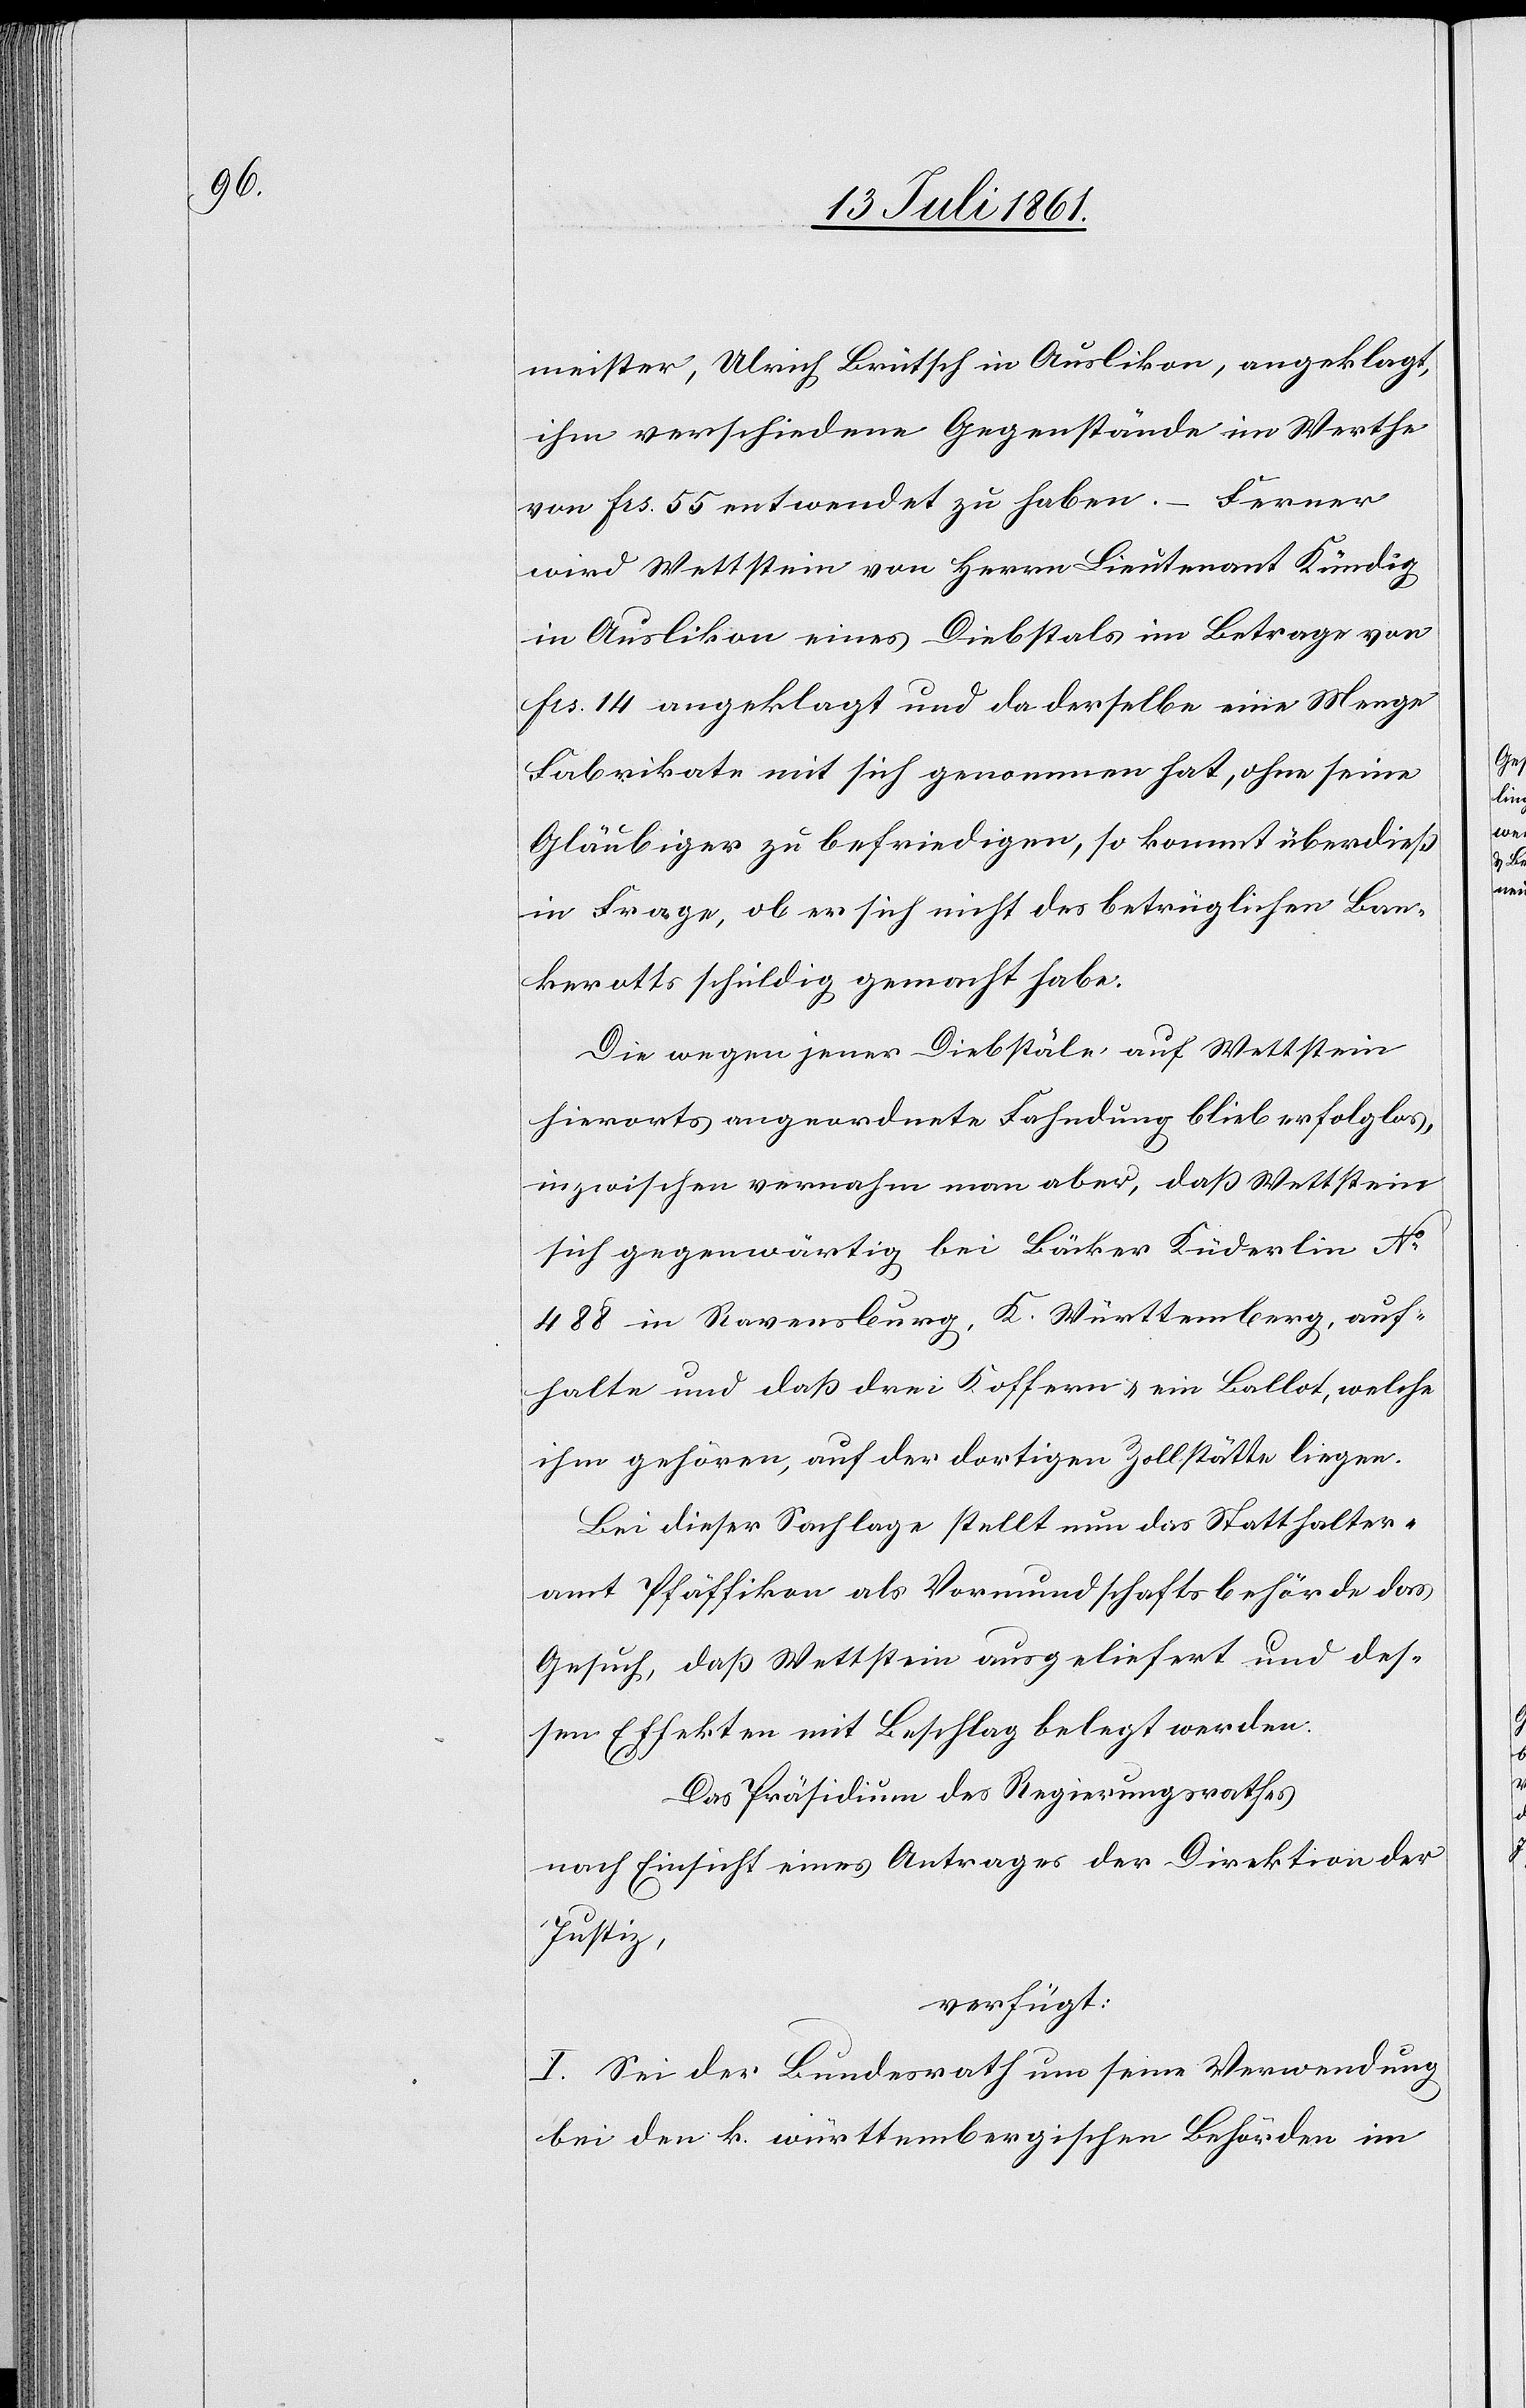
meister, Ulrich Brütsch in Auslikon, angeklagt,
ihm verschiedene Gegenstände im Werthe
von Frs 55 entwendet zu haben. – Ferner
wird Wettstein von Herrn Lieutenant Kündig
in Auslikon eines Diebstals im Betrage von
Frs. 14 angeklagt und da derselbe eine Menge
Fabrikate mit sich genommen hat, ohne seine
Gläubiger zu befriedigen, so kommt überdieß
in Frage, ob er sich nicht des betrüglichen Ban¬
krotts schuldig gemacht habe.
Die wegen jener Diebstäle auf Wettstein
hierorts angeordnete Fahndung blieb erfolglos,
inzwischen vernahm man aber, daß Wettstein
sich gegenwärtig bei Bäcker Füderlin N°
488 in Ravensburg, K. Württemberg, auf¬
halte und daß drei Koffern u. ein Ballot, welche
ihm gehören, auf der dortigen Zollstätte liegen.
Bei dieser Sachlage stellt nun das Statthalter¬
amt Pfäffikon als Vormundschaftsbehörde das
Gesuch, daß Wettstein ausgeliefert und des¬
sen Effekten mit Beschlag belegt werden.
Das Präsidium des Regierungsrathes
nach Einsicht eines Antrages der Direktion der
Justiz,
verfügt:
I. Sei der Bundesrath um seine Verwendung
bei den k. württembergischen Behörden im